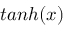
t a n h ( x )